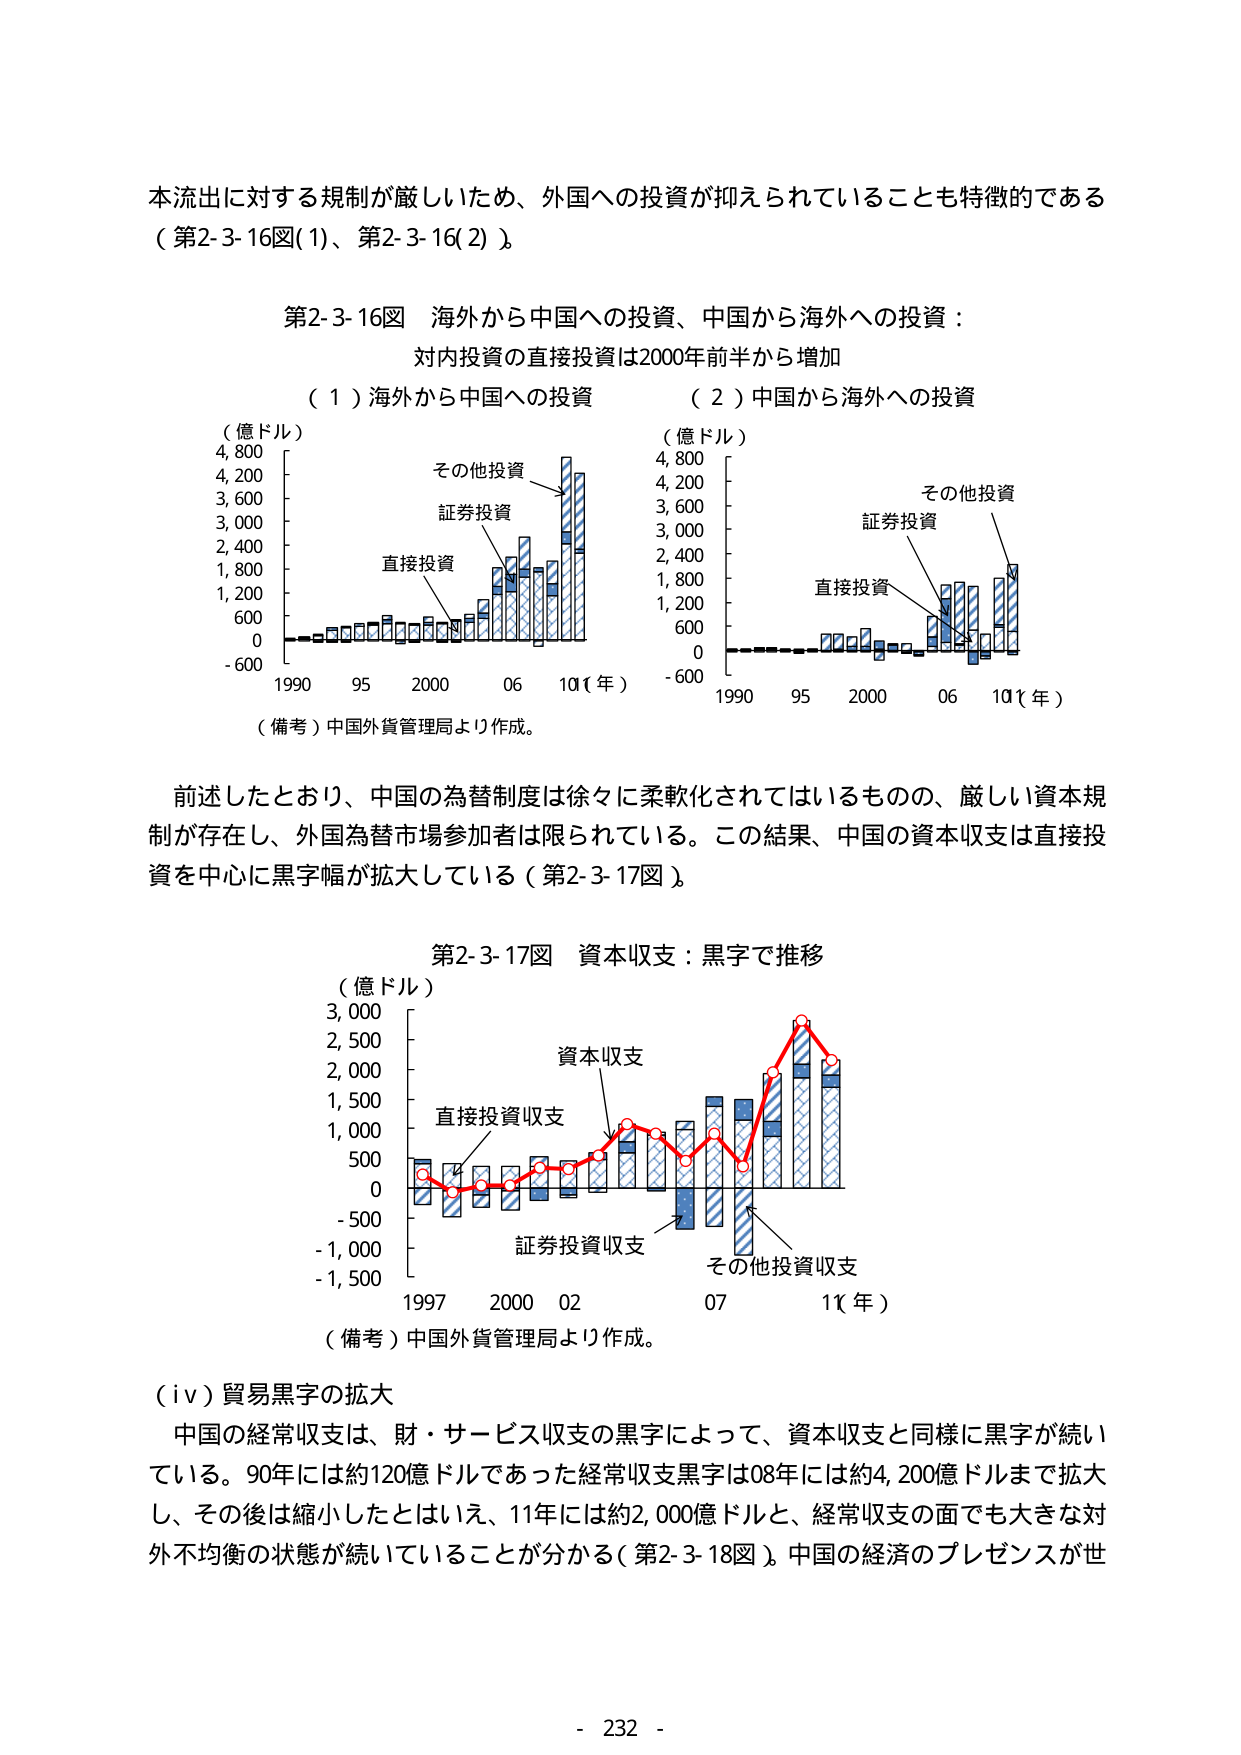
本流出に対する規制が厳しいため、外国への投資が抑えられていることも特徴的である（第2-3-16図(1)、第2-3-16(2)）。

第2-3-16図 海外から中国への投資、中国から海外への投資：
対内投資の直接投資は2000年前半から増加

（1）海外から中国への投資
（2）中国から海外への投資

（億ドル）
4,800
4,200
3,600
3,000
2,400
1,800
1,200
600
0
-600
1990 95 2000 06 10（年）

その他投資
証券投資
直接投資

（億ドル）
4,800
4,200
3,600
3,000
2,400
1,800
1,200
600
0
-600
1990 95 2000 06 10（年）

その他投資
証券投資
直接投資

（備考）中国外貨管理局より作成。

前述したとおり、中国の為替制度は徐々に柔軟化されてはいるものの、厳しい資本規制が存在し、外国為替市場参加者は限られている。この結果、中国の資本収支は直接投資を中心に黒字幅が拡大している（第2-3-17図）。

第2-3-17図 資本収支：黒字で推移

（億ドル）
3,000
2,500
2,000
1,500
1,000
500
0
-500
-1,000
-1,500
1997 2000 02 07 11（年）

資本収支
直接投資収支
証券投資収支
その他投資収支

（備考）中国外貨管理局より作成。

（iv）貿易黒字の拡大
中国の経常収支は、財・サービス収支の黒字によって、資本収支と同様に黒字が続いている。90年には約120億ドルであった経常収支黒字は08年には約4,200億ドルまで拡大し、その後は縮小したとはいえ、11年には約2,000億ドルと、経常収支の面でも大きな対外不均衡の状態が続いていることが分かる（第2-3-18図）。中国の経済のプレゼンスが世

- 232 -